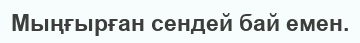
Мыңғырған сендей бай емен.